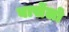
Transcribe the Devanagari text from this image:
बार्सेलो